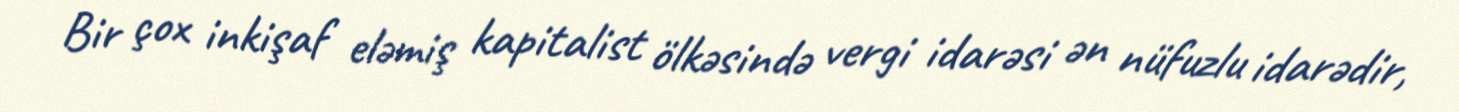
Bir çox inkişaf eləmiş kapitalist ölkəsində vergi idarəsi ən nüfuzlu idarədir,